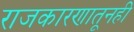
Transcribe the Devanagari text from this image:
राजकारणातूनही